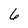
Character: 6